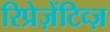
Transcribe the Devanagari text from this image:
रिप्रेज़ेंटिव्ज़